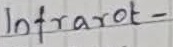
Text: Infrarot-